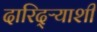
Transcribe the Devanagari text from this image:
दारिद्ऱ्याशी